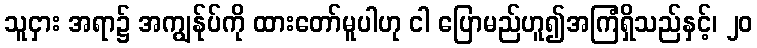
သူငှား အရာ၌ အကျွန်ုပ်ကို ထားတော်မူပါဟု ငါ ပြောမည်ဟူ၍အကြံရှိသည်နှင့်၊ ၂၀